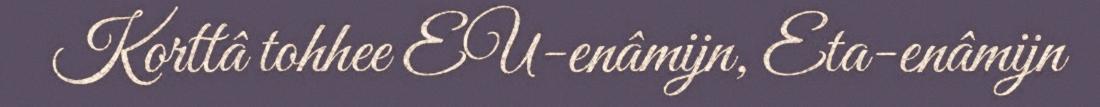
Korttâ tohhee EU-enâmijn, Eta-enâmijn